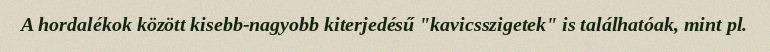
A hordalékok között kisebb-nagyobb kiterjedésű "kavicsszigetek" is találhatóak, mint pl.